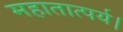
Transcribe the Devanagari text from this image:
महातात्पर्य।